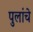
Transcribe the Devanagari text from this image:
पुलांचे